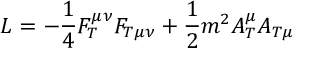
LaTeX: { \cal L } = - \frac 1 4 F _ { T } ^ { \mu \nu } F _ { T \mu \nu } + \frac 1 2 m ^ { 2 } A _ { T } ^ { \mu } A _ { T \mu }